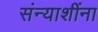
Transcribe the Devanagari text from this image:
संन्याशींना